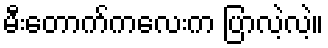
မီးတောက်ကလေးက ပြာလဲ့လဲ့။